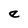
Character: e